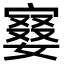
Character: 𡪚